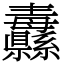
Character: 纛